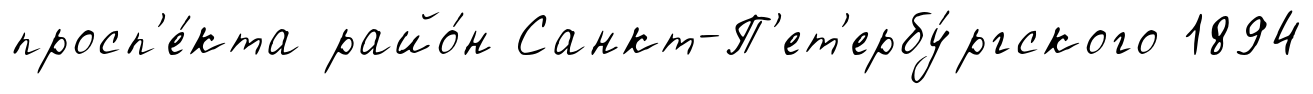
просп'е́кта райо́н Санкт-П'ет'ербу́ргского 1894